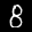
Label: 8